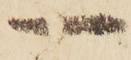
一